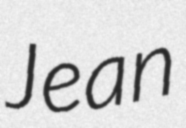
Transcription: Jean